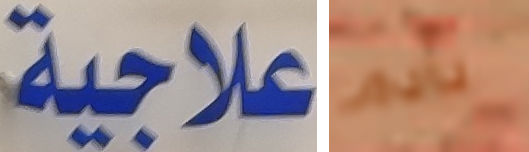
علاجية نادم